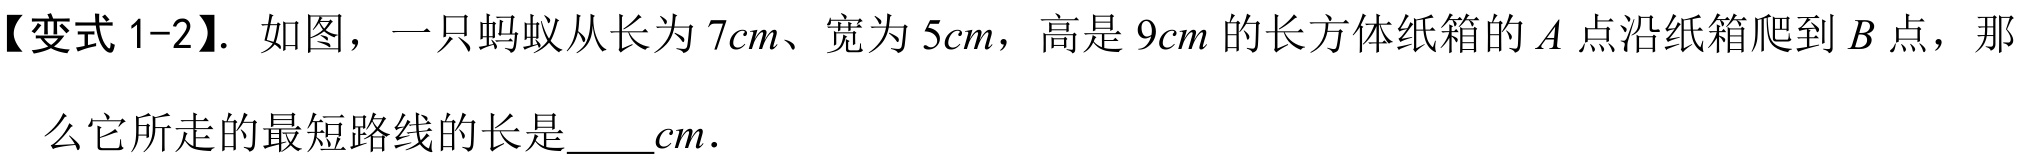
【变式 1-2】. 如图，一只蚂蚁从长为 \(7cm\)、宽为 \(5cm\)，高是 \(9cm\) 的长方体纸箱的 \(A\) 点沿纸箱爬到 \(B\) 点，那
么它所走的最短路线的长是\(\underline{\quad\quad}cm\).